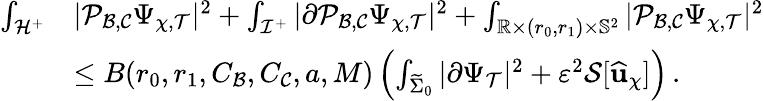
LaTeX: \begin{array}{rl}{\int_{\mathcal{H}^{+}}}&{|\mathcal{P}_{\mathcal{B},\mathcal{C}}\Psi_{\chi,\mathcal{T}}|^{2}+\int_{\mathcal{I}^{+}}|\partial\mathcal{P}_{\mathcal{B},\mathcal{C}}\Psi_{\chi,\mathcal{T}}|^{2}+\int_{\mathbb{R}\times(r_{0},r_{1})\times\mathbb{S}^{2}}|\mathcal{P}_{\mathcal{B},\mathcal{C}}\Psi_{\chi,\mathcal{T}}|^{2}}\\ &{\leq B(r_{0},r_{1},C_{\mathcal{B}},C_{\mathcal{C}},a,M)\left(\int_{\widetilde{\Sigma}_{0}}|\partial\Psi_{\mathcal{T}}|^{2}+\varepsilon^{2}\mathcal{S}[\widehat{\mathbf{u}}_{\chi}]\right)\, .}\end{array}